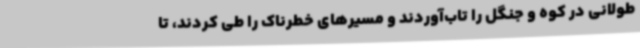
طولانی در کوه و جنگل را تاب‌آوردند و مسیرهای خطرناک را طی کردند، تا